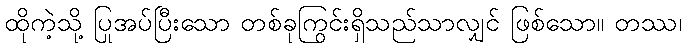
ထိုကဲ့သို့ ပြုအပ်ပြီးသော တစ်ခုကြွင်းရှိသည်သာလျှင် ဖြစ်သော။ တဿ၊